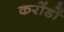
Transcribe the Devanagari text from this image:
करोंडों